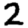
Digit: 2